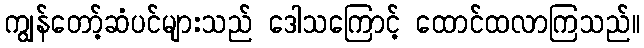
ကျွန်တော့်ဆံပင်များသည် ဒေါသကြောင့် ထောင်ထလာကြသည်။